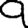
Digit: 9